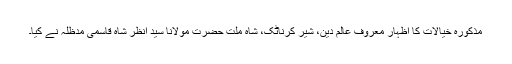
مذکورہ خیالات کا اظہار معروف عالم دین، شیر کرناٹک، شاہ ملت حضرت مولانا سید انظر شاہ قاسمی مدظلہ نے کیا۔